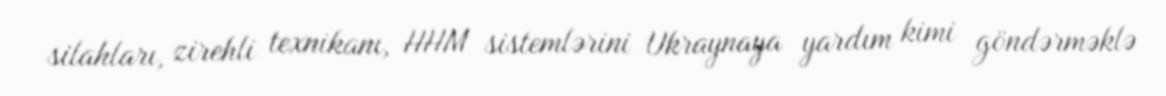
silahları, zirehli texnikanı, HHM sistemlərini Ukraynaya yardım kimi göndərməklə